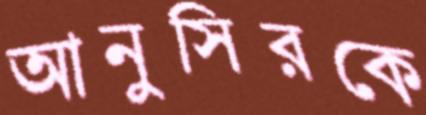
আনুসিরকে